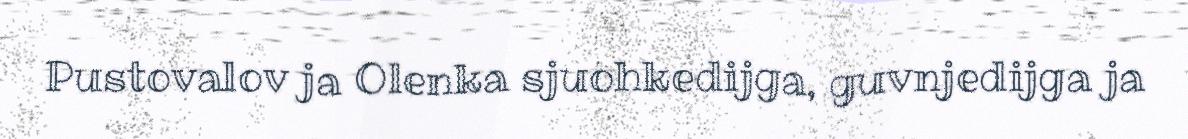
Pustovalov ja Olenka sjuohkedijga, guvnjedijga ja